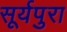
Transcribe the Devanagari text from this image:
सूर्यपुरा